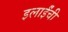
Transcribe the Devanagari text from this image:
इलाईंची